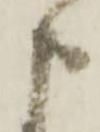
申